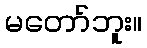
မတော်ဘူး။